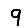
Digit: 9